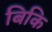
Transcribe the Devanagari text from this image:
बिकि